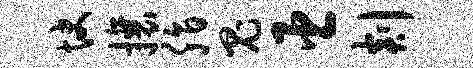
快攘脂鬼臣剡